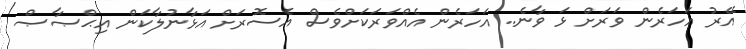
އޭރު އަހަރެން ވަރަށް ޅަ ވާނެ.. އަހަރެން އެއްވަރަކަށްވެސް އެސޮރަށް އަޅާނުލާކަން އިޙްޞާޞް